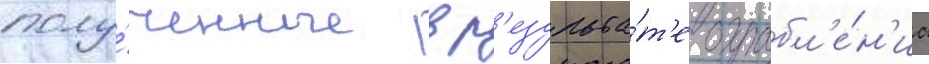
полу́ченные в р'езульта́т'е ограбл'е́н'иа